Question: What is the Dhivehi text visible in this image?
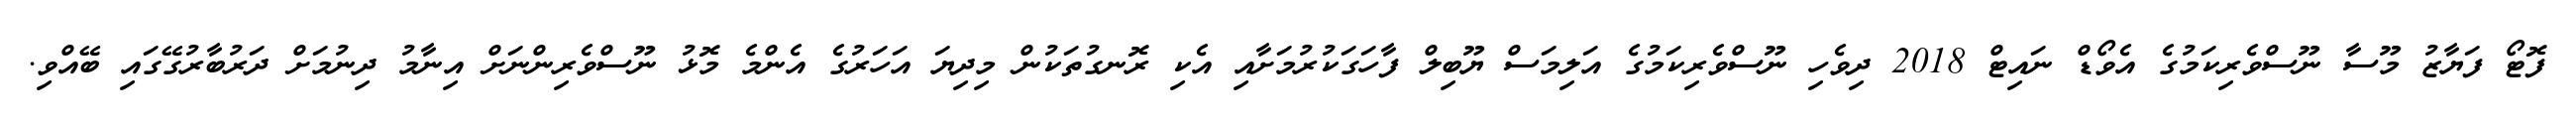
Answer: ފޮޓޯ ފަޔާޒު މޫސާ ނޫސްވެރިކަމުގެ އެވޯޑް ނައިޓް 2018 ދިވެހި ނޫސްވެރިކަމުގެ އަލިމަސް ޔޫބިލް ފާހަގަކުރުމަށާއި އެކި ރޮނގުތަކުން މިދިޔަ އަހަރުގެ އެންމެ މޮޅު ނޫސްވެރިންނަށް އިނާމު ދިނުމަށް ދަރުބާރުގޭގައި ބޭއްވި.